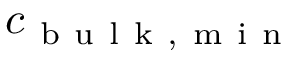
c _ { \mathrm { ~ b ~ u ~ l ~ k ~ , ~ m ~ i ~ n ~ } }